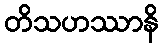
တိသဟဿာနိ